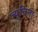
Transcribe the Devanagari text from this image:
ज्यूनिना